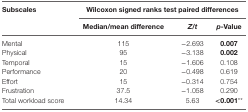
<table><thead><tr><td rowspan="3"><b>Subscales</b></td><td colspan="3"><b>Wilcoxon signed ranks test paired differences</b></td></tr><tr><td><b>Median/mean difference</b></td><td><b><i>Z</i>/<i>t</i></b></td><td><b><i>p</i>-Value</b></td></tr></thead><tbody><tr><td>Mental</td><td>115</td><td>−2.693</td><td><b>0.007</b></td></tr><tr><td>Physical</td><td>95</td><td>−3.138</td><td><b>0.002</b></td></tr><tr><td>Temporal</td><td>15</td><td>−1.606</td><td>0.108</td></tr><tr><td>Performance</td><td>20</td><td>−0.498</td><td>0.619</td></tr><tr><td>Effort</td><td>15</td><td>−0.314</td><td>0.754</td></tr><tr><td>Frustration</td><td>37.5</td><td>−1.058</td><td>0.290</td></tr><tr><td>Total workload score</td><td>14.34</td><td>5.63</td><td><b>&lt;0.001</b>**</td></tr></tbody></table>